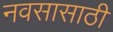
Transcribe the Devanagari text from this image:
नवसासाठी